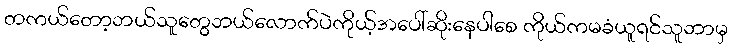
တကယ်တော့ဘယ်သူတွေဘယ်လောက်ပဲကိုယ့်အပေါ်ဆိုးနေပါစေ ကိုယ်ကမခံယူရင်သူဘာမှ